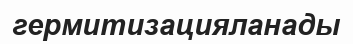
гермитизацияланады